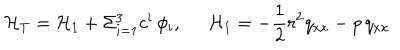
{ \cal H } _ { T } = { \cal H } _ { 1 } + \Sigma _ { i = 1 } ^ { 3 } c ^ { i } \, \phi _ { i } , \; \; { \cal H } _ { 1 } = - \frac { 1 } { 2 } r ^ { 2 } q _ { x x } - p \, q _ { x x }